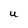
Character: U